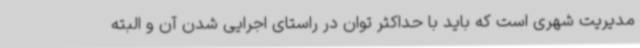
مدیریت شهری است که باید با حداکثر توان در راستای اجرایی شدن آن و البته